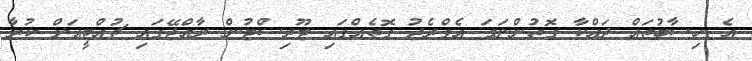
އެ ހިސާބުތައް ދައްކާ ގޮތުންނަމަ އެވްރެޖު ގޮތެއްގައި ޓޫރިސްޓުން ރާއްޖޭގައި ޗުއްޓީއަށް ކުރާ